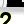
Digit: 2